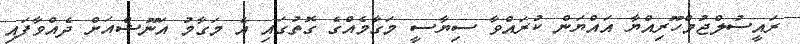
ރައީސުލްޖުމްހޫރިއްޔާ އައްޔަން ކުރައްވާ ސިޔާސީ މަގާމެއްގެ ގޮތުގައި އެ މަގާމު އަނޫޝްއަށް ދެއްވާފައި